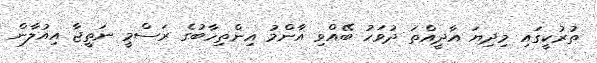
ތުރުކީގައި މިދިޔަ އާދީއްތަ ދުވަހު ބޭއްވި އާންމު އިންތިހާބުގެ ރަސްމީ ނަތީޖާ އިއުލާން